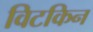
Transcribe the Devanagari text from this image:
विटकिन